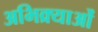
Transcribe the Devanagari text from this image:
अभिक्र्याओं